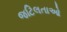
જટિલતાઓ